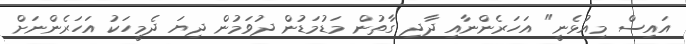
އައިސް މިއުޅެނީ" އަހަރެންނާއި ދާދި ގާތުން މަޑުމަޑުން ދުވަމުން ދިޔަ ދެމީހަކު އަހަރެންނަށް